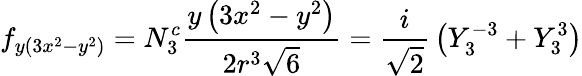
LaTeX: f_{y(3x^{2}-y^{2})}=N_{3}^{c}{\frac{y\left(3x^{2}-y^{2}\right)}{2r^{3}{\sqrt{6}}}}={\frac{i}{\sqrt{2}}}\left(Y_{3}^{-3}+Y_{3}^{3}\right)